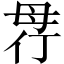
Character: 𣫲